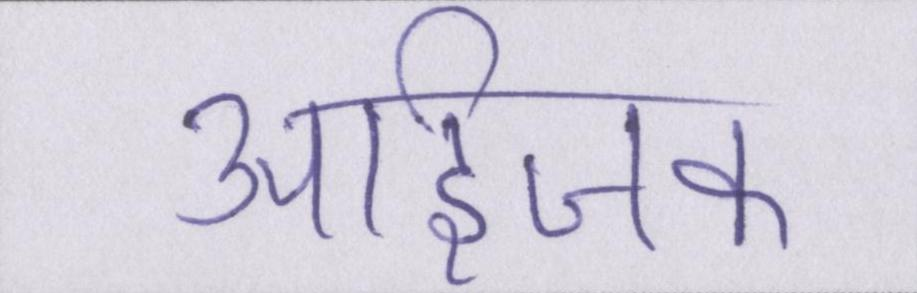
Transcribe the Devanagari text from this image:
आईजक